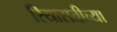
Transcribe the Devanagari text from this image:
रियासतीच्या